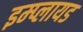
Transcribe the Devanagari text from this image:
इम्प्लायड